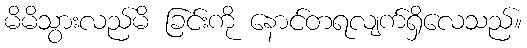
မိမိသွားလည်မိ ခြင်းကို နောင်တရလျက်ရှိလေသည်။